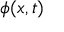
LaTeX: \phi ( { \boldsymbol { x } } , t )